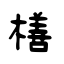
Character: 橏